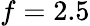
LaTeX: f=2.5